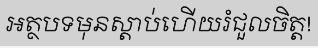
អត្ថបទមុនស្តាប់ហើយរំជួលចិត្ត!